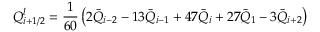
Q _ { i + 1 / 2 } ^ { l } = \frac { 1 } { 6 0 } \left( 2 { { { \bar { Q } } } _ { i - 2 } } - 1 3 { { { \bar { Q } } } _ { i - 1 } } + 4 7 { { { \bar { Q } } } _ { i } } + 2 7 { { { \bar { Q } } } _ { 1 } } - 3 { { { \bar { Q } } } _ { i + 2 } } \right)